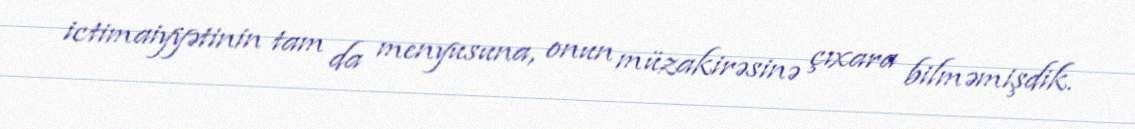
ictimaiyyətinin tam da menyusuna, onun müzakirəsinə çıxara bilməmişdik.